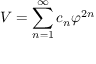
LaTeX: { \cal V } = \sum _ { n = 1 } ^ { \infty } c _ { n } \varphi ^ { 2 n }